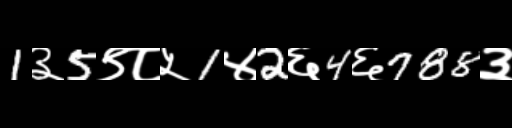
Text: 1३5९८५1४2६4६788३